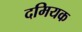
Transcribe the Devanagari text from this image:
दमियक